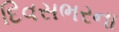
દિવસભરના